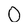
Character: O